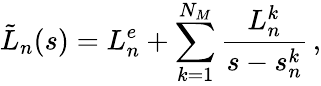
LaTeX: \tilde{L}_{n}(s)=L_{n}^{e}+\sum_{k=1}^{N_{M}}\frac{L_{n}^{k}}{s-s_{n}^{k}}\, ,